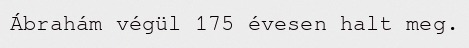
Ábrahám végül 175 évesen halt meg.